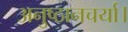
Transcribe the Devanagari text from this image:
अनुष्ठानचर्या।